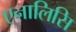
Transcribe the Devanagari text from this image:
एनालिसि